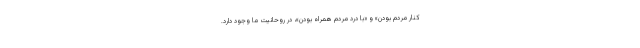
کنار مردم بودن» و «با درد مردم همراه بودن»، در روحانیت ما وجود دارد.